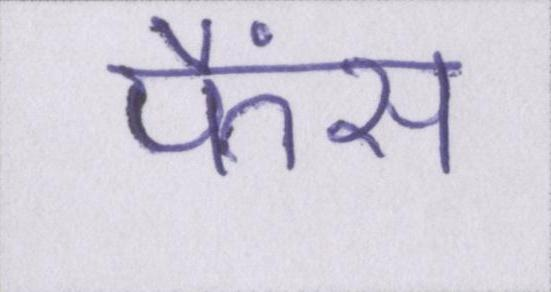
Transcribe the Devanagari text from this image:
फैंस